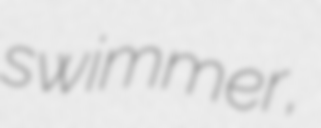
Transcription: swimmer,